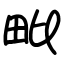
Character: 毗